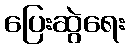
ပြေးဆွဲရေး